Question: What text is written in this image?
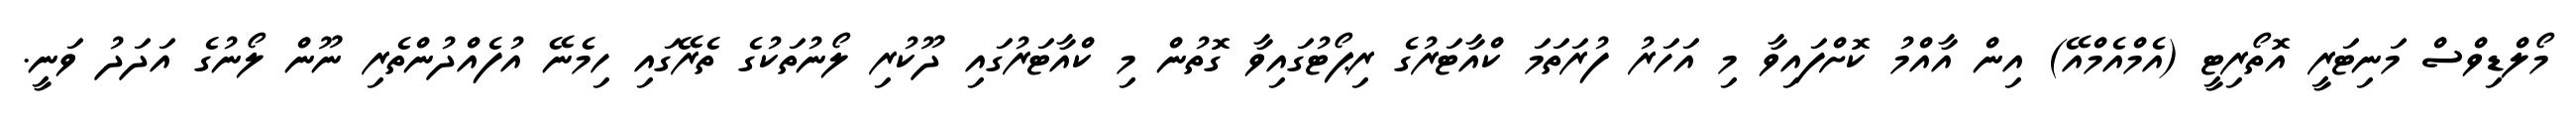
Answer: މޯލްޑިވްސް މަނިޓަރީ އޮތޯރިޓީ (އެމްއެމްއޭ) އިން އާއްމު ކޮށްފައިވާ މި އަހަރު ފުރަތަމަ ކްއާޓަރުގެ ރިޕޯޓުގައިވާ ގޮތުން މި ކްއާޓަރުގައި ދޫކުރި ލޯނުތަކުގެ ތެރޭގައި ހިމެނޭ އުފެއްދުންތެރި ނޫން ލޯނުގެ އަދަދު ވަނީ.